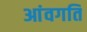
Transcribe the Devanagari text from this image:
आंवगति